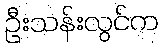
ဦးသန်းလွင်က